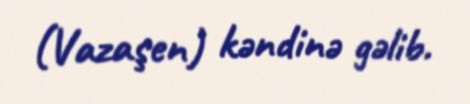
(Vazaşen) kəndinə gəlib.